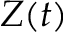
Z ( t )